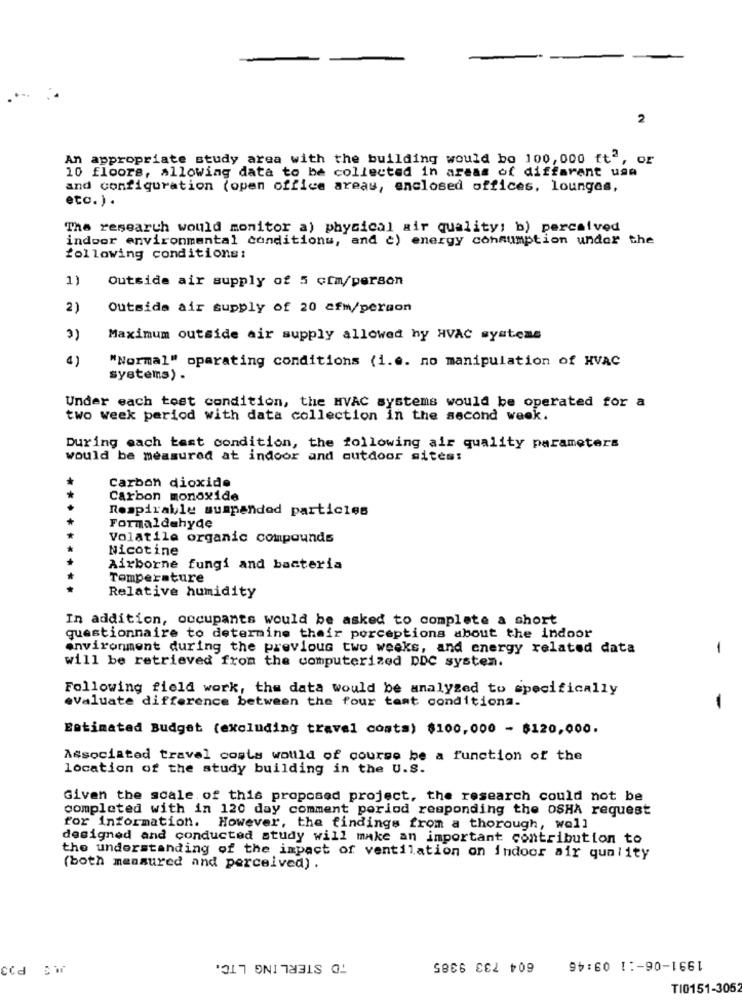
2
An
appropriate study area with the building would bo 100,000 ft",
10 floors, allowing data to be collected in areas of different usa
and configuration (open office areas, enclosed offices, lounges,
etc. ) .
The research would monitor a) physical air quality: b) perceived
indoor environmental conditions, and c) energy consumption under the
following conditions:
1)
Outside air supply of 5 ccm/person
2)
Outside air supply of 20 cfm/person
3)
Maximum outside air supply allowed by HVAC systems
4)
"Normal" operating conditions (i.e. no manipulation of HVAC
systems) .
Under each tost condition, the HVAC systems would be operated for a
two week period with data collection in the second week.
During each tast condition, the following air quality parameters
would be measured at indoor and outdoor sites:
Carbon dioxide
Carbon monoxide
Respirable suspended particles
Formaldehyde
Volatile organic compounds
Nicotine
Airborne fungi and bacteria
Temperature
Relative humidity
In addition, occupants would be asked to complete a short
questionnaire to determine their perceptions about the indoor
environment during the previous two weeks, and energy related data
-
will be retrieved from the computerized DDC system.
Following field work, the data would be analyzed to specifically
evaluate difference between the four tant conditions.
-
Estimated Budget (excluding travel costa) $100,000 - $120,000.
Associated travel costs would of course be a function of the
location of the study building in the U.S.
Given the scale of this proposed project, the research could not be
completed with in 120 day comment poriod responding the OSHA request
for information. However, the findings from a thorough, well
designed and conducted study will make an important contribution to
the understanding of the impact of ventilation on indoor air quality
(both measured and perceived) .
TO STERLING LTC.
604 733 9385
1991-06-11 09:46
TI0151-305